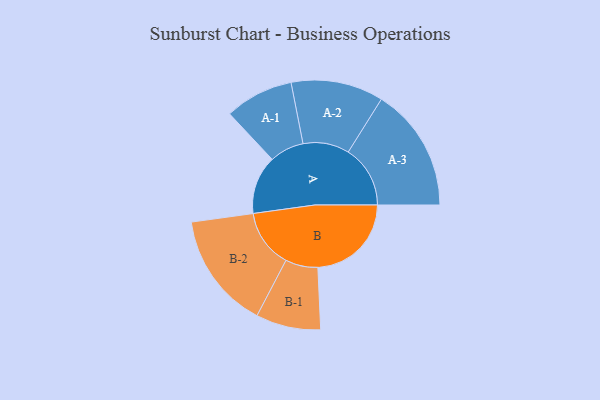
{"axis": {"x": "Segment", "y": "Value"}, "legend": ["", "A", "B"], "data": [{"x": "A", "y": 271, "type": ""}, {"x": "B", "y": 433, "type": ""}, {"x": "A-1", "y": 159, "type": "A"}, {"x": "A-2", "y": 214, "type": "A"}, {"x": "A-3", "y": 287, "type": "A"}, {"x": "B-1", "y": 150, "type": "B"}, {"x": "B-2", "y": 270, "type": "B"}]}